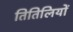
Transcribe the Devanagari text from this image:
तितिलियों